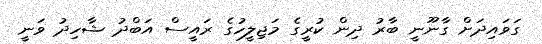
ގަވައިދަށް ގާނޫނީ ބާރު ދިން ކުރީގެ މަޖިލީހުގެ ރައީސް އަބްދު ޝާހިދު ވަނީ